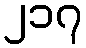
၂၁၇